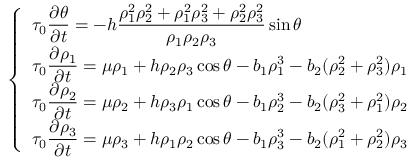
\left\{ \begin{array} { l l } { \tau _ { 0 } \displaystyle \frac { \partial \theta } { \partial t } = - h \displaystyle \frac { \rho _ { 1 } ^ { 2 } \rho _ { 2 } ^ { 2 } + \rho _ { 1 } ^ { 2 } \rho _ { 3 } ^ { 2 } + \rho _ { 2 } ^ { 2 } \rho _ { 3 } ^ { 2 } } { \rho _ { 1 } \rho _ { 2 } \rho _ { 3 } } \sin \theta } \\ { \tau _ { 0 } \displaystyle \frac { \partial \rho _ { 1 } } { \partial t } = \mu \rho _ { 1 } + h \rho _ { 2 } \rho _ { 3 } \cos \theta - b _ { 1 } \rho _ { 1 } ^ { 3 } - b _ { 2 } ( \rho _ { 2 } ^ { 2 } + \rho _ { 3 } ^ { 2 } ) \rho _ { 1 } } \\ { \tau _ { 0 } \displaystyle \frac { \partial \rho _ { 2 } } { \partial t } = \mu \rho _ { 2 } + h \rho _ { 3 } \rho _ { 1 } \cos \theta - b _ { 1 } \rho _ { 2 } ^ { 3 } - b _ { 2 } ( \rho _ { 3 } ^ { 2 } + \rho _ { 1 } ^ { 2 } ) \rho _ { 2 } } \\ { \tau _ { 0 } \displaystyle \frac { \partial \rho _ { 3 } } { \partial t } = \mu \rho _ { 3 } + h \rho _ { 1 } \rho _ { 2 } \cos \theta - b _ { 1 } \rho _ { 3 } ^ { 3 } - b _ { 2 } ( \rho _ { 1 } ^ { 2 } + \rho _ { 2 } ^ { 2 } ) \rho _ { 3 } } \end{array} \right.